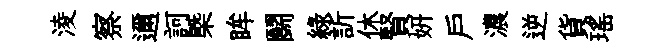
淩察邇訶槩眸鬬緑訢休賢妍戸濃逆貨瑤